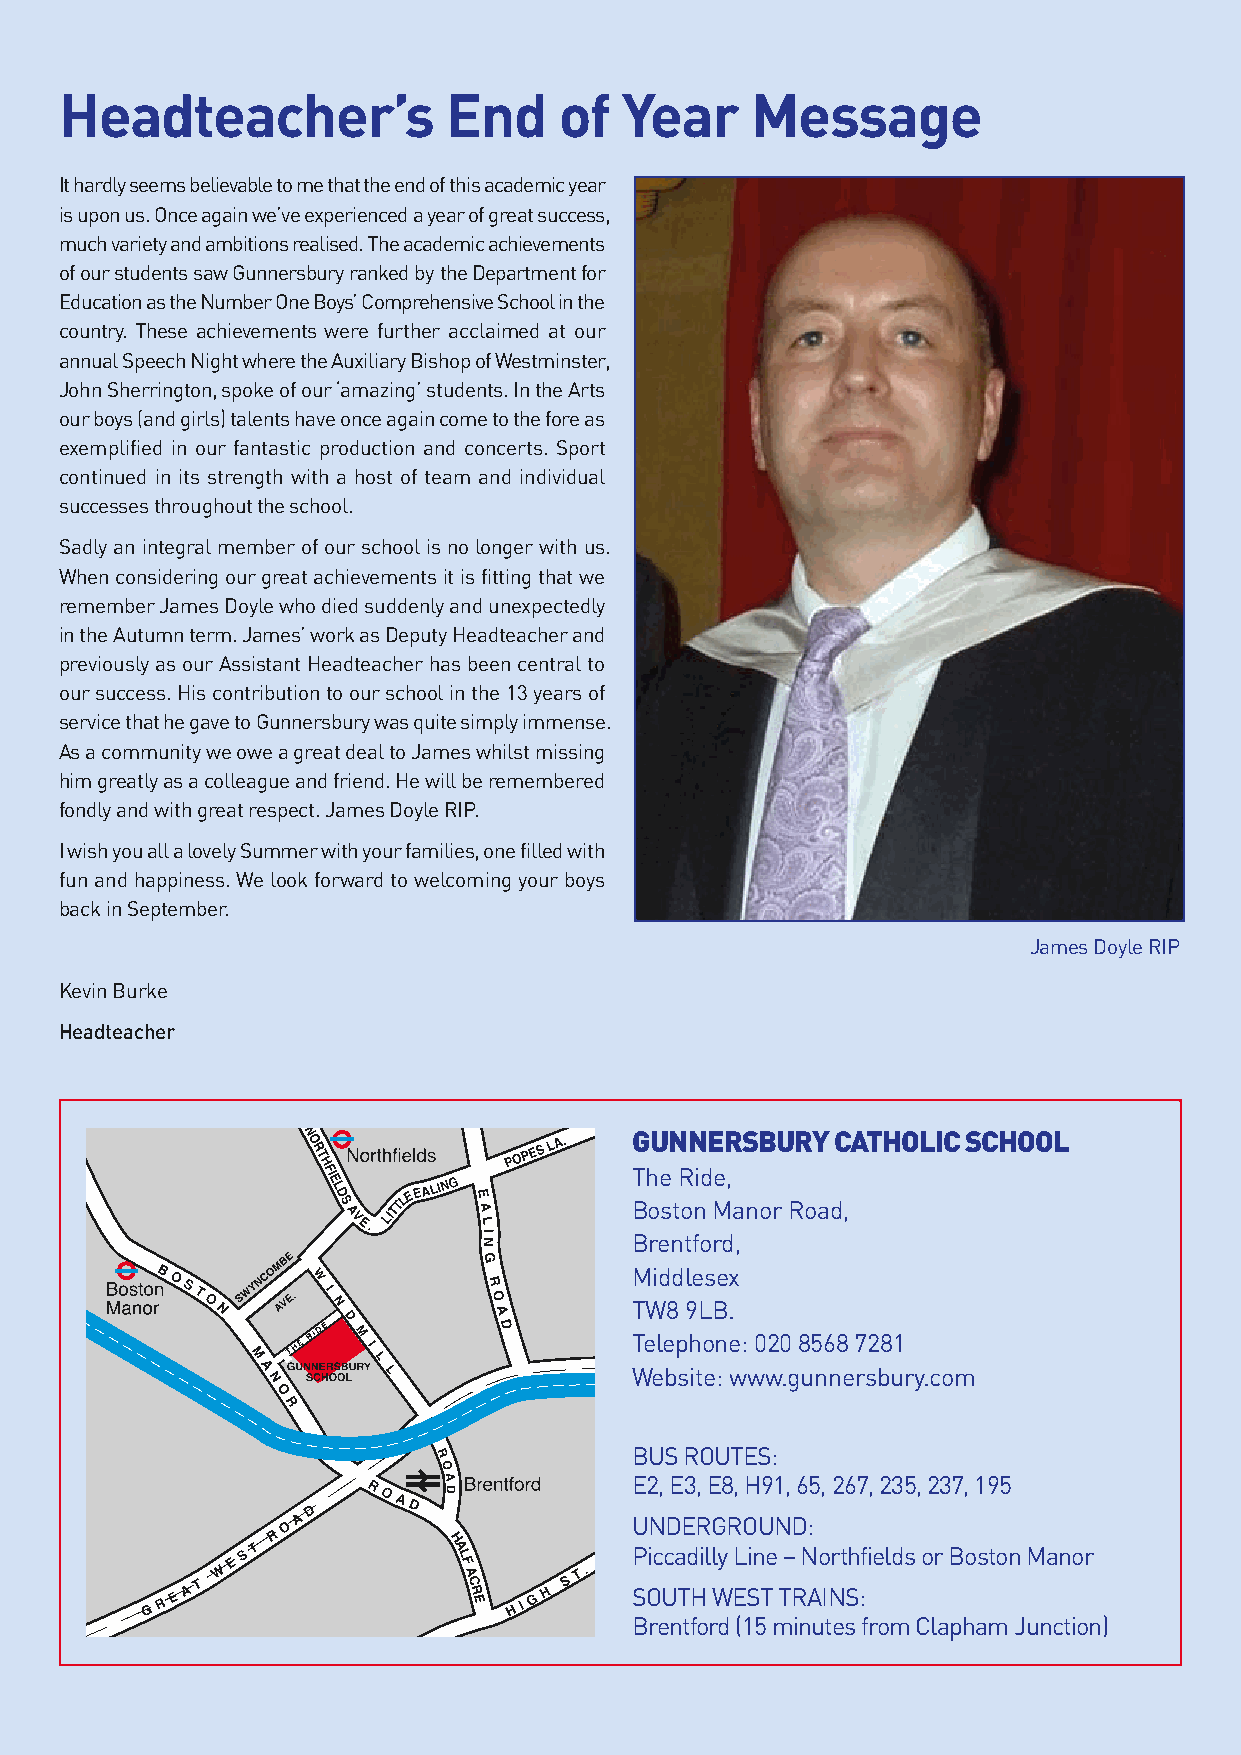
Headteacher’s            End     of  Year     Message
 It hardly seems believable to me that the end of this academic year
 is upon us. Once again we’ve experienced a year of great success,
 much variety and ambitions realised. The academic achievements
 of our students saw Gunnersbury ranked by the Department for
 Education as the Number One Boys’ Comprehensive School in the
 country. These achievements were further acclaimed at our
 annual Speech Night where the Auxiliary Bishop of Westminster,
 John Sherrington, spoke of our ‘amazing’ students. In the Arts
 our boys (and girls) talents have once again come to the fore as
 exemplified in our fantastic production and concerts. Sport
 continued in its strength with a host of team and individual
 successes throughout the school.
 Sadly an integral member of our school is no longer with us.
 When considering our great achievements it is fitting that we
 remember James Doyle who died suddenly and unexpectedly
 in the Autumn term. James’ work as Deputy Headteacher and
 previously as our Assistant Headteacher has been central to
 our success. His contribution to our school in the 13 years of
 service that he gave to Gunnersbury was quite simply immense.
 As a community we owe a great deal to James whilst missing
 him greatly as a colleague and friend. He will be remembered
 fondly and with great respect. James Doyle RIP.
 I wish you all a lovely Summer with your families, one filled with
 fun and happiness. We look forward to welcoming your boys
 back in September.
 James Doyle RIP
 Kevin Burke
 Headteacher
 GUNNERSBURY  CATHOLIC SCHOOL
 The Ride,
 Boston Manor Road,
 Brentford,
 Middlesex
 TW8 9LB.
 Telephone: 020 8568 7281
 Website: www.gunnersbury.com
 BUS ROUTES:
 E2, E3, E8, H91, 65, 267, 235, 237, 195
 UNDERGROUND:
 Piccadilly Line – Northfields or Boston Manor
 SOUTH WEST TRAINS:
 Brentford (15 minutes from Clapham Junction)